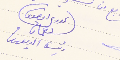
الحورى انطون نعمان رئيس الديوان